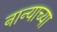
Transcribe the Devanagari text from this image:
नान्याच्या